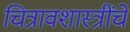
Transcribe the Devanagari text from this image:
चित्रावशास्त्रींचे